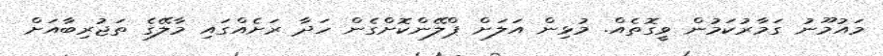
މައުމޫނު ގަމާރުކަމުން ވީގޮތެއް. މުޅިން އަލަށް ޕްލޭންކޮށްގެން ހަދާ ރަށެއްގައި މާލޭގެ ތަޖުރިބާއަށް